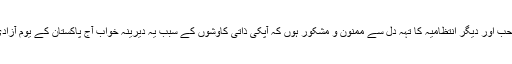
میں ذاتی طور پرشیخ الجامعہ ڈاکٹر محمد قیصر صاحب اور دیگر انتظامیہ کا تہہ دل سے ممنون و مشکور ہوں کہ آپکی ذاتی کاوشوں کے سبب یہ دیرینہ خواب آج پاکستان کے یوم آزادی کے موقع پر یہ خواب اپنی تعبیر سے ہمکنا ر ہوا۔